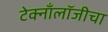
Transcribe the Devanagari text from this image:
टेक्नाँलॉजीचा